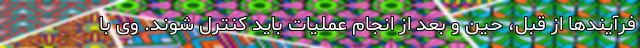
فرآیندها از قبل، حین و بعد از انجام عملیات باید کنترل شوند. وی با